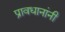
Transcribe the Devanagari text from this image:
प्रावधानांनी